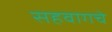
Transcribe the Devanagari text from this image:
सहवागचे